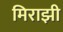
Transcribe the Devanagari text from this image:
मिराझी